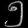
Digit: ၅